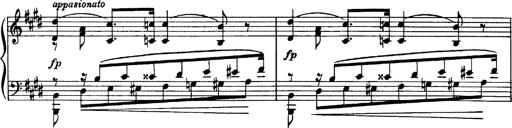
Title: OuvertÃ¼re zu TannhÃ¤user
Composer: Franz Liszt